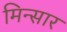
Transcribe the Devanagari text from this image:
मिन्सार